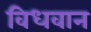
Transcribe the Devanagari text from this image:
विधवान